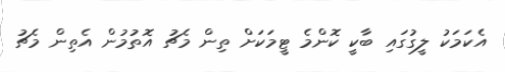
އެކަމަކު ލީގުގައި ބާކީ ކޮންމެ ޓީމަކަށް ތިން މެޗު އޮތުމުން އެތިން މެޗު